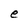
Character: e